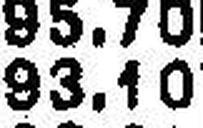
93.10